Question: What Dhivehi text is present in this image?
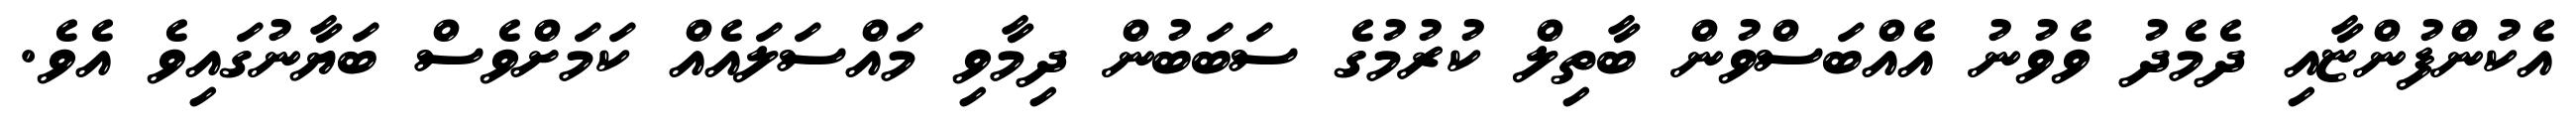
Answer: އެކުންފުންޏާއި ދެމެދު ވެވުނު އެއްބަސްވުން ބާތިލް ކުރުމުގެ ސަބަބުން ދިމާވި މައްސަލައެއް ކަމަށްވެސް ބަޔާނުގައިވެ އެވެ.